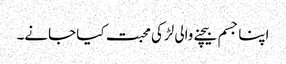
اپنا جسم بیچنے والی لڑکی محبت کیا جانے۔